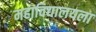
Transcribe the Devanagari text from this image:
महाविद्यालयला